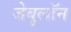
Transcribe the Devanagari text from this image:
जेबूलॉन